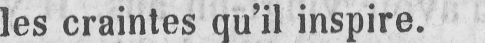
les craintes qu’il inspire.